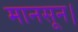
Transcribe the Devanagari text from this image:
मानसून।